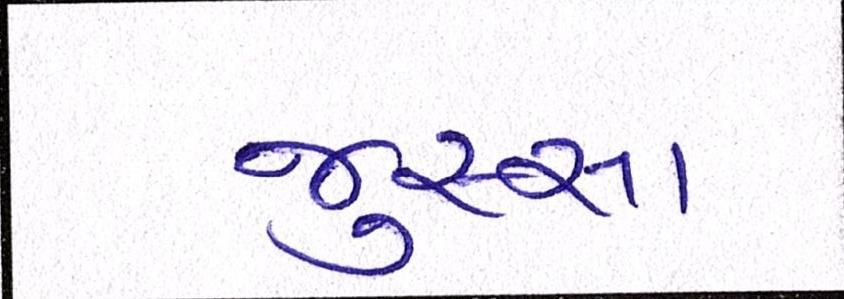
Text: જુસ્સા